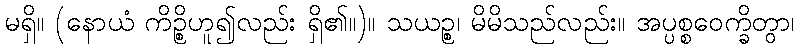
မရှိ။ (နောယံ ကိဉ္စိဟူ၍လည်း ရှိ၏။)။ သယဉ္စ၊ မိမိသည်လည်း။ အပ္ပစ္စဝေက္ခိတွာ၊